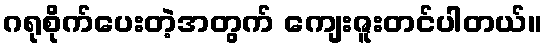
ဂရုစိုက်ပေးတဲ့အတွက် ကျေးဇူးတင်ပါတယ်။